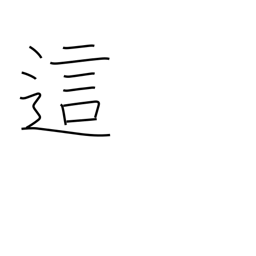
Meaning: creep